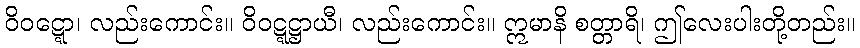
ဝိဝဋ္ဋော၊ လည်းကောင်း။ ဝိဝဋ္ဋဋ္ဌာယီ၊ လည်းကောင်း။ ဣမာနိ စတ္တာရိ၊ ဤလေးပါးတို့တည်း။